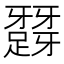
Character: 𨅪